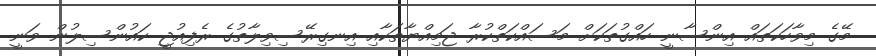
މޭގެ މިވާހަކަތައް އިންސާނީ ހައްގުތަކަށް މަސައްކަތްކުރާ ޖަމިއްޔާތަކާއި އިނގިރޭސިވިލާތުގެ ރެފިއުޖީ ކައުންސިލުން ވަނީ